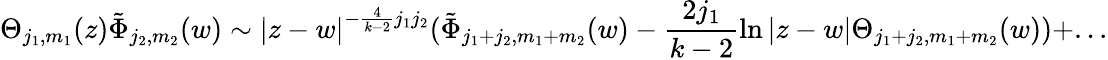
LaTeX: \Theta_{j_{1},m_{1}}(z)\tilde{\Phi}_{j_{2},m_{2}}(w)\sim\left|z-w\right|^{-\frac 4{k-2}j_{1}j_{2}}(\tilde{\Phi}_{j_{1}+j_{2},m_{1}+m_{2}}(w)-\frac{2j_{1}}{k-2}\ln\left|z-w\right|\Theta_{j_{1}+j_{2},m_{1}+m_{2}}(w))+...